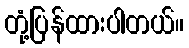
တုံ့ပြန်ထားပါတယ်။